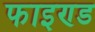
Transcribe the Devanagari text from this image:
फाइण्ड